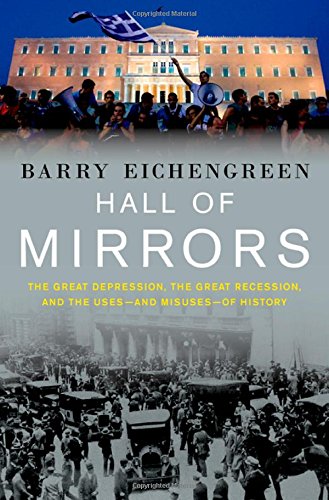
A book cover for Hall of Mirrors: The Great Depression, The Great Recession, and the Uses-and Misuses-of History; Barry Eichengreen; Business & Money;